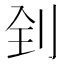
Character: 𠛮